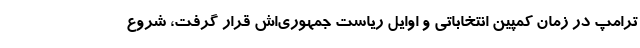
ترامپ در زمان کمپین انتخاباتی و اوایل ریاست جمهوری‌اش قرار گرفت، شروع